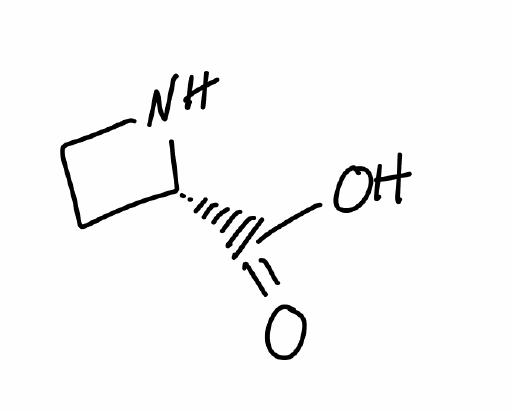
Simplified molecular-input line-entry system (SMILES) notation of the given molecule:
C1CN[C@@H]1C(=O)O